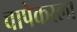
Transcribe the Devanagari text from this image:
चापेकरला